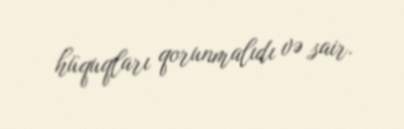
hüquqları qorunmalıdı və sair.